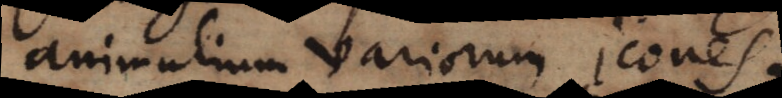
animalium variorum icones.